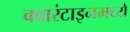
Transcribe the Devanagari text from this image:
क्वारंटाइनमध्ये